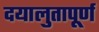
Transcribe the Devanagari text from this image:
दयालुतापूर्ण